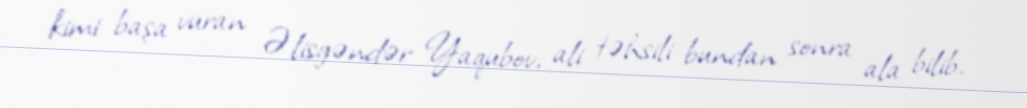
kimi başa vuran Əlisgəndər Yaqubov, ali təhsili bundan sonra ala bilib.